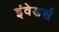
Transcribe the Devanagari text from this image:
इंवेडर्स